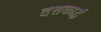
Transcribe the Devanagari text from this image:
दशकार्द्ध